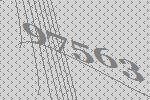
97563